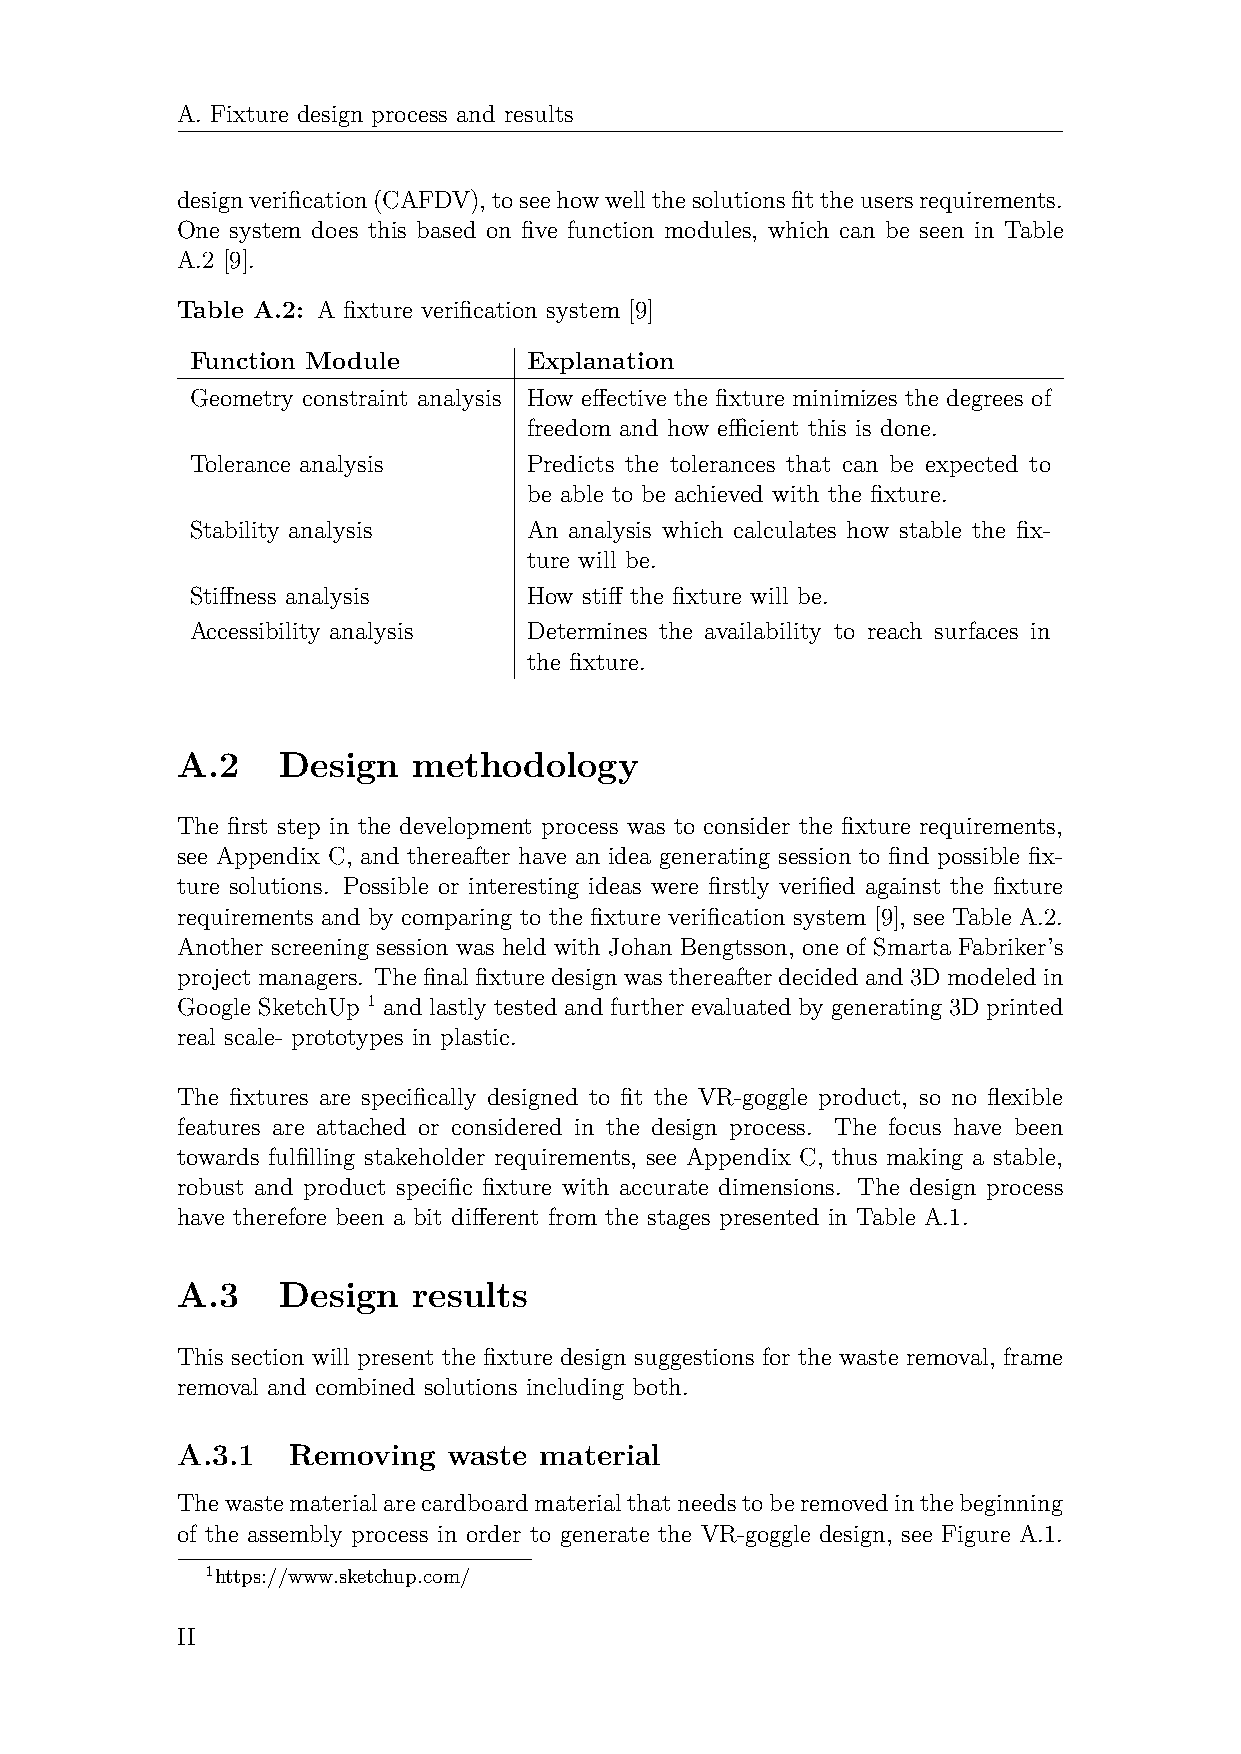
A. Fixture design process and results
 designverification(CAFDV),toseehowwellthesolutionsfittheusersrequirements.
 One system does this based on five function modules, which can be seen in Table
 A.2 [9].
 Table A.2: A fixture verification system [9]
 Function Module       Explanation
 Geometry constraint analysis How effective the fixture minimizes the degrees of
 freedom and how efficient this is done.
 Tolerance analysis    Predicts the tolerances that can be expected to
 be able to be achieved with the fixture.
 Stability analysis    An analysis which calculates how stable the fix-
 ture will be.
 Stiffness analysis    How stiff the fixture will be.
 Accessibility analysis Determines the availability to reach surfaces in
 the fixture.
 A.2   Design   methodology
 The first step in the development process was to consider the fixture requirements,
 see Appendix C, and thereafter have an idea generating session to find possible fix-
 ture solutions. Possible or interesting ideas were firstly verified against the fixture
 requirements and by comparing to the fixture verification system [9], see Table A.2.
 Another screening session was held with Johan Bengtsson, one of Smarta Fabriker’s
 projectmanagers. Thefinalfixturedesignwasthereafterdecidedand3Dmodeledin
 Google SketchUp 1 and lastly tested and further evaluated by generating 3D printed
 real scale- prototypes in plastic.
 The fixtures are specifically designed to fit the VR-goggle product, so no flexible
 features are attached or considered in the design process. The focus have been
 towards fulfilling stakeholder requirements, see Appendix C, thus making a stable,
 robust and product specific fixture with accurate dimensions. The design process
 have therefore been a bit different from the stages presented in Table A.1.
 A.3   Design   results
 This section will present the fixture design suggestions for the waste removal, frame
 removal and combined solutions including both.
 A.3.1  Removing   waste material
 Thewastematerialarecardboardmaterialthatneedstoberemovedinthebeginning
 of the assembly process in order to generate the VR-goggle design, see Figure A.1.
 1https://www.sketchup.com/
 II